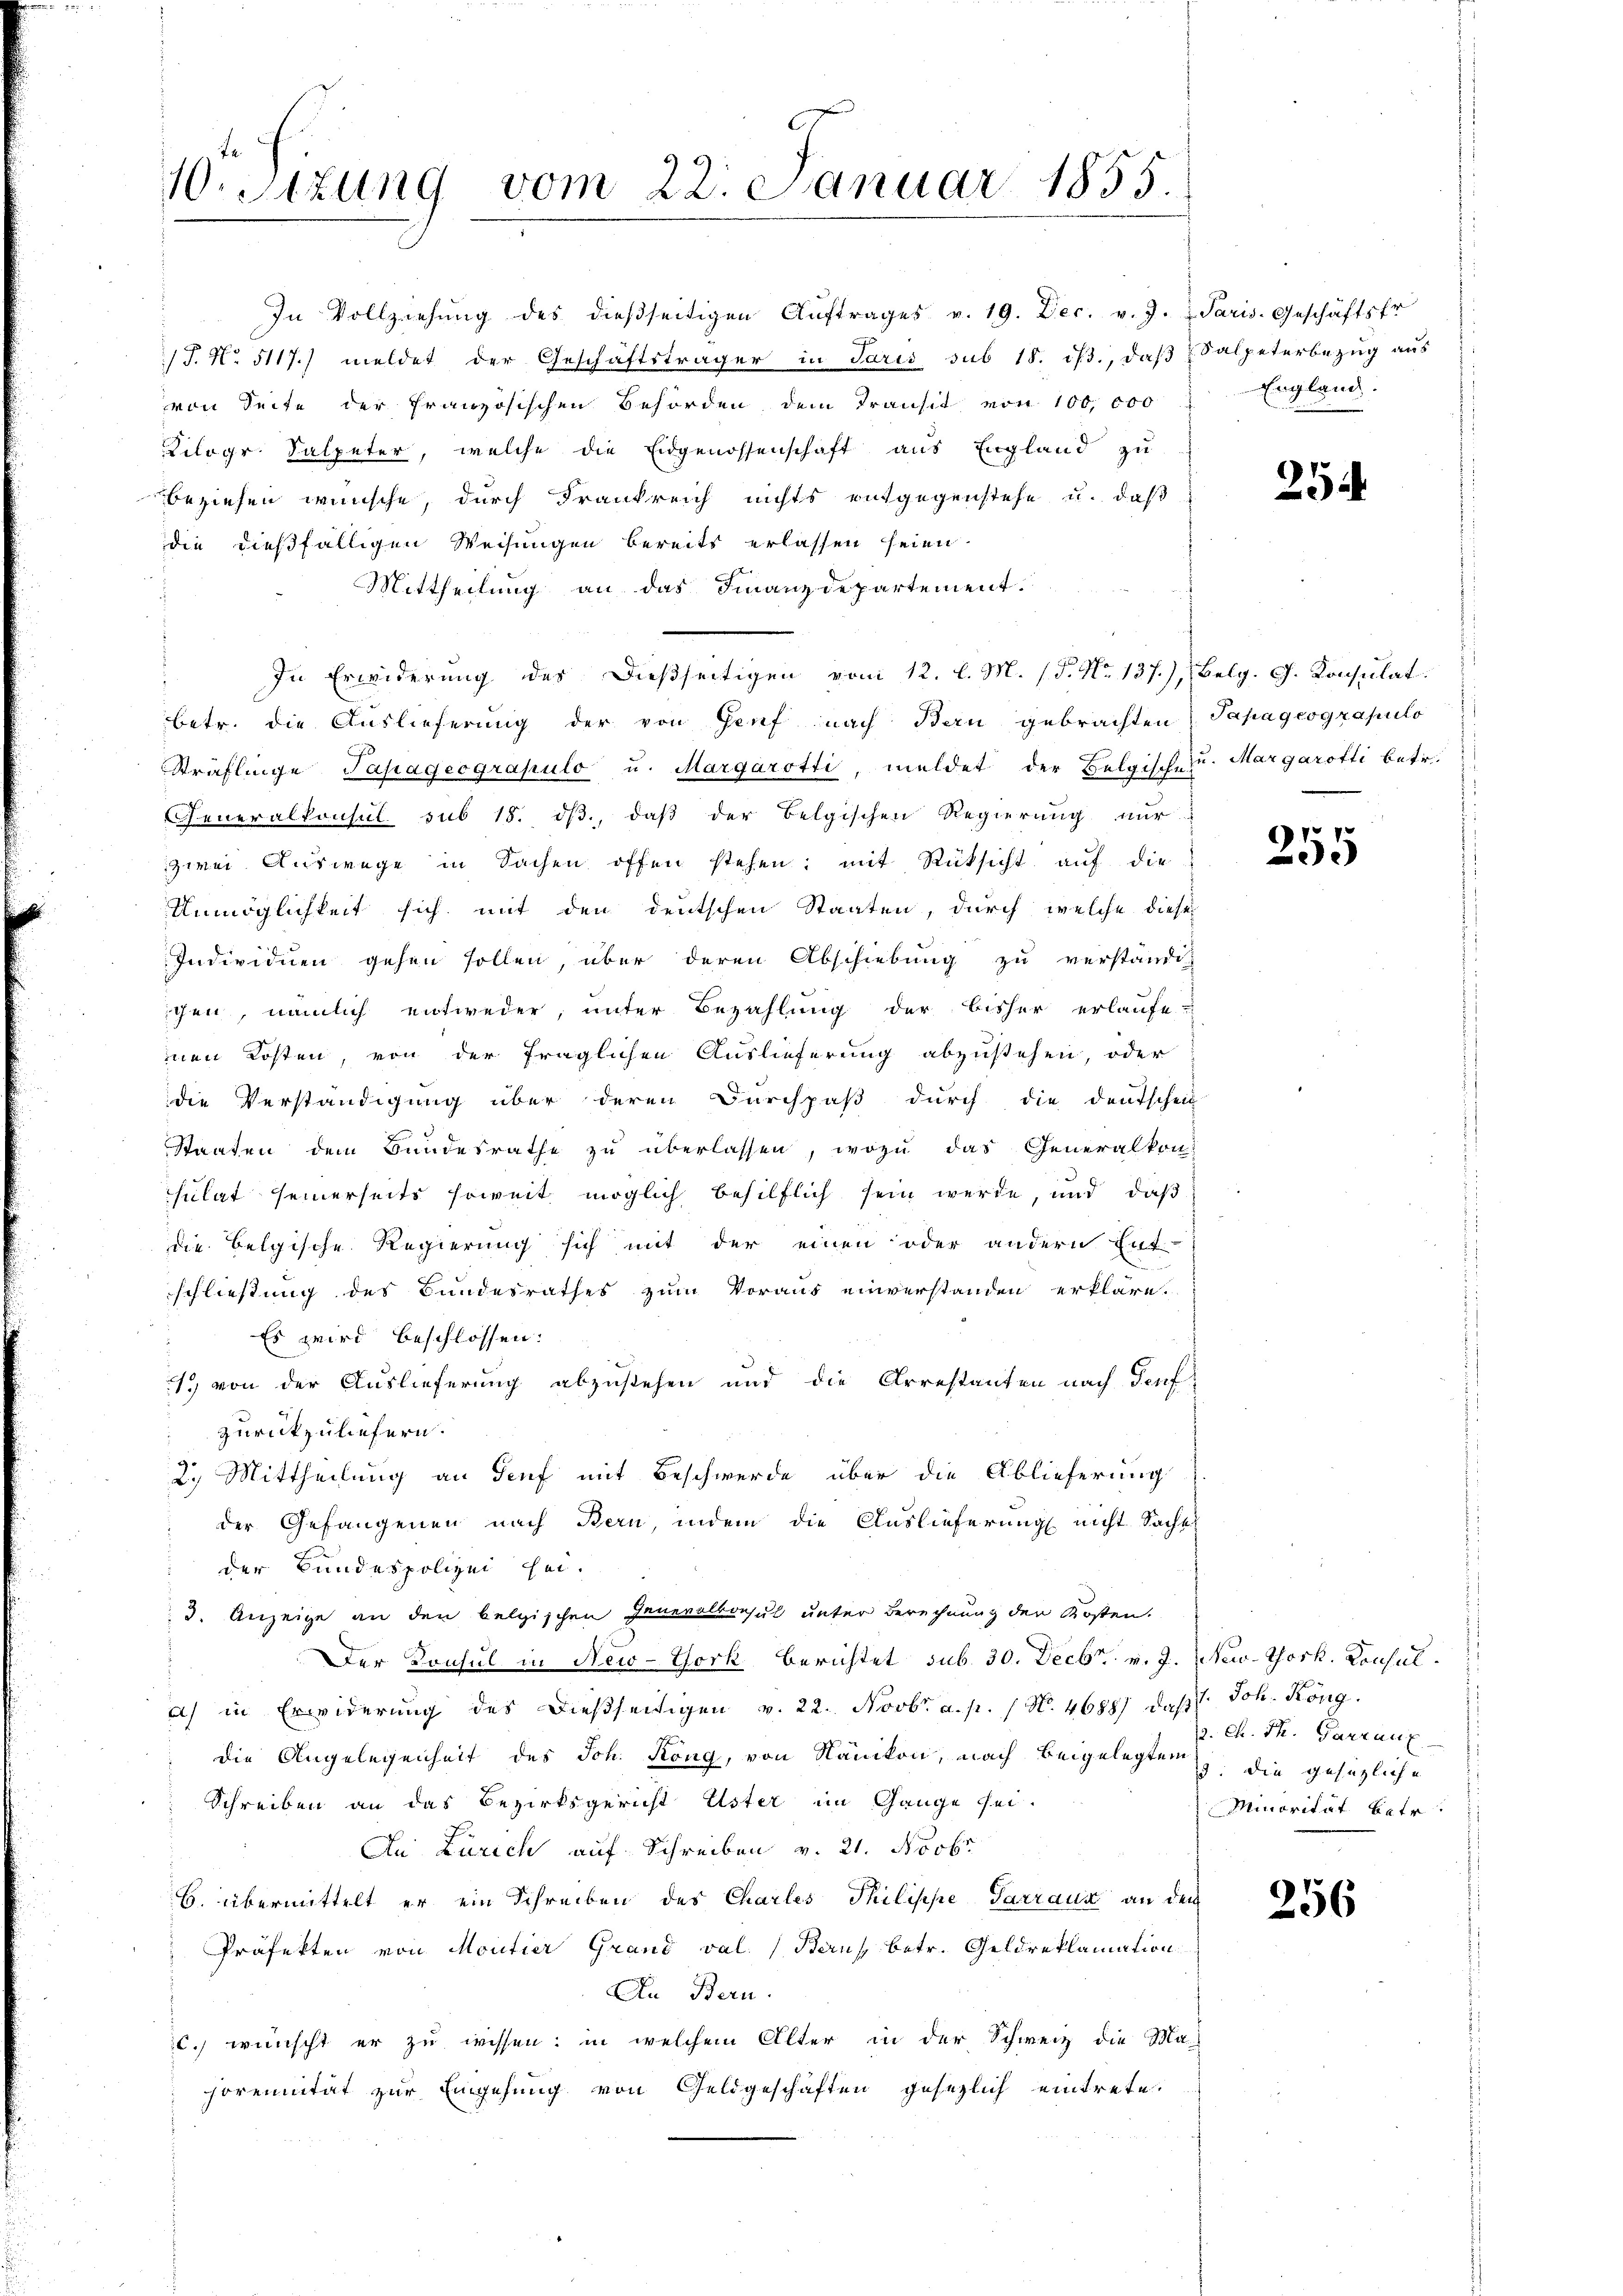
W.sizung vom 22. Januar 1855.

In Vollziehung des dießseitigen Aŭftrages v. 19. Dec. v. J. v. Paris. Geschäftsfr
/J. No. 5117.) meldet der Geschäftsträger in Paris sub 18. ist., daß Salpeterbezug aus
von Seite der Französischen Behörden dem Transit von 100,000
Kilogr. Salpeter, welche die Eidgenossenschaft aus England zu
beziehen wünsche, durch Frankreich nichts entgegenstehe u. daß
die dießfälligen Weisungen bereits erlassen seien.
Mittheilung an das Finanzdepartement.
In Erwiderung des dießseitigen vom 12. l. M. (T. No 137.), Belg. G. Konsulat
betr. die Auslieferung der von Genf nach Bau gebrachten Papageograpulo
Sträflinge Papageograpulo u. Margarotti, meldet der Belgische u. Margarotti betr.
Generalkonsul sub 15. ds., daß der Belgischen Regierung nur
zwei Auswege in Sachen offen stehen; mit Rücksicht auf die
Unmöglichkeit sich mit den deutschen Staaten, durch welche diese
Individuen gehen sollen, über deren Abschiebung zu verständig
chen, nämlich entweder, unter Bezahlung der bisher erlaufe-
nen Kosten, von der fraglichen Auslieferung abzustehen, oder
die Verständigung über deren Durchpaß durch die Deutschein
Staaten dem Bundesrathe zŭ überlassen, wozu das Generalkon-
sulat seinerseits soweit möglich behilflich sein werde, und daß
die Belgische Regierung sich mit der einen oder andern Ent-
schließung des Bundesrathes zum Voraus einverstanden erkläre.
Es wird beschlossen:
1) von der Auslieferung abzustehen und die Arrestanten nach Teuf
zurückzuliefern.
2.) Mittheilung an Genf mit Beschwerde über die Ablieferung
der Gefangenen nach Bern, indem die Auslieferung nicht Saches
der Bundespolizei sei.
3. Anzeige an den belgischen Generalkonsul unter Berechnung der Kosten.
Der Konsul in New-York berichtet sub. 30. Decbr. v. J. New-York. Konsul
a) in Erwiderung des dießseitigen v. 22. Novbr. a. p. N. 4688) daß Joh. Köng.
die Angelegenheit des Joh. Köng, von Nänikon, nach beigelegten die gesezliche
Schreiben an das Bezirksgericht Uster im Gange sei.
Au Zürich auf Schreiben v. 21. Novbr.
B. übermittelt er ein Schreiben des Charles Philische Parrana an den
Präfekten von Moutier Grand val. (Bans, betr. Geldreklamation
An Bern.
c.) wünscht er zu wissen: in welchem Alter in der Schweiz die Ma-
horennität zur Eingehung von Geldgeschäften gesezlich eintrete.

England.

25

255

9. Ch. St. Garranz
Minorität betr.

256